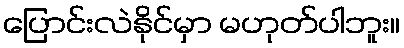
ပြောင်းလဲနိုင်မှာ မဟုတ်ပါဘူး။